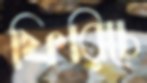
ফিরিচে